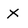
Character: X